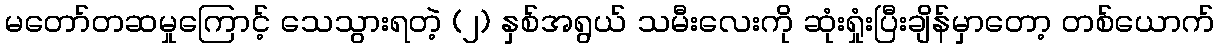
မတော်တဆမှုကြောင့် သေသွားရတဲ့ (၂) နှစ်အရွယ် သမီးလေးကို ဆုံးရှုံးပြီးချိန်မှာတော့ တစ်ယောက်